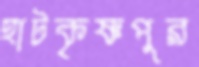
হাটকৃষ্ণপুর